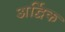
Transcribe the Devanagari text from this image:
अर्द्विक